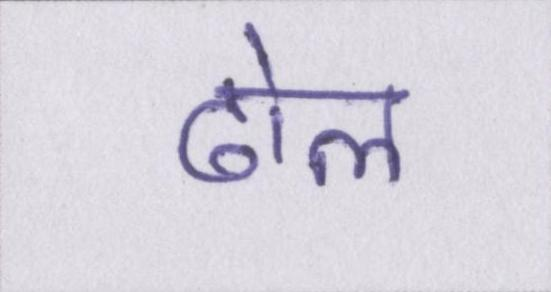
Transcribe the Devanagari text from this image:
ढोल